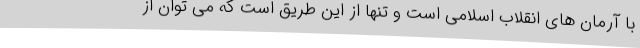
با آرمان های انقلاب اسلامی است و تنها از این طریق است که می توان از